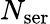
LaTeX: N_{\mathrm{ser}}